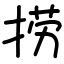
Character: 捞